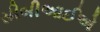
સીબીઆઈએ